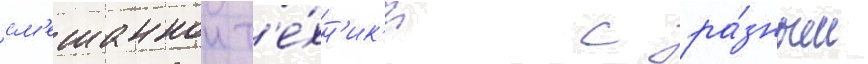
см'ешаннои т'е́хн'ик'и с ра́зным